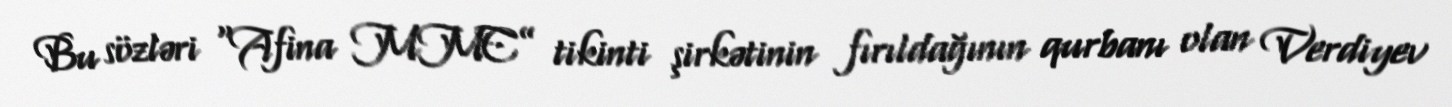
Bu sözləri “Afina MMC” tikinti şirkətinin fırıldağının qurbanı olan Verdiyev